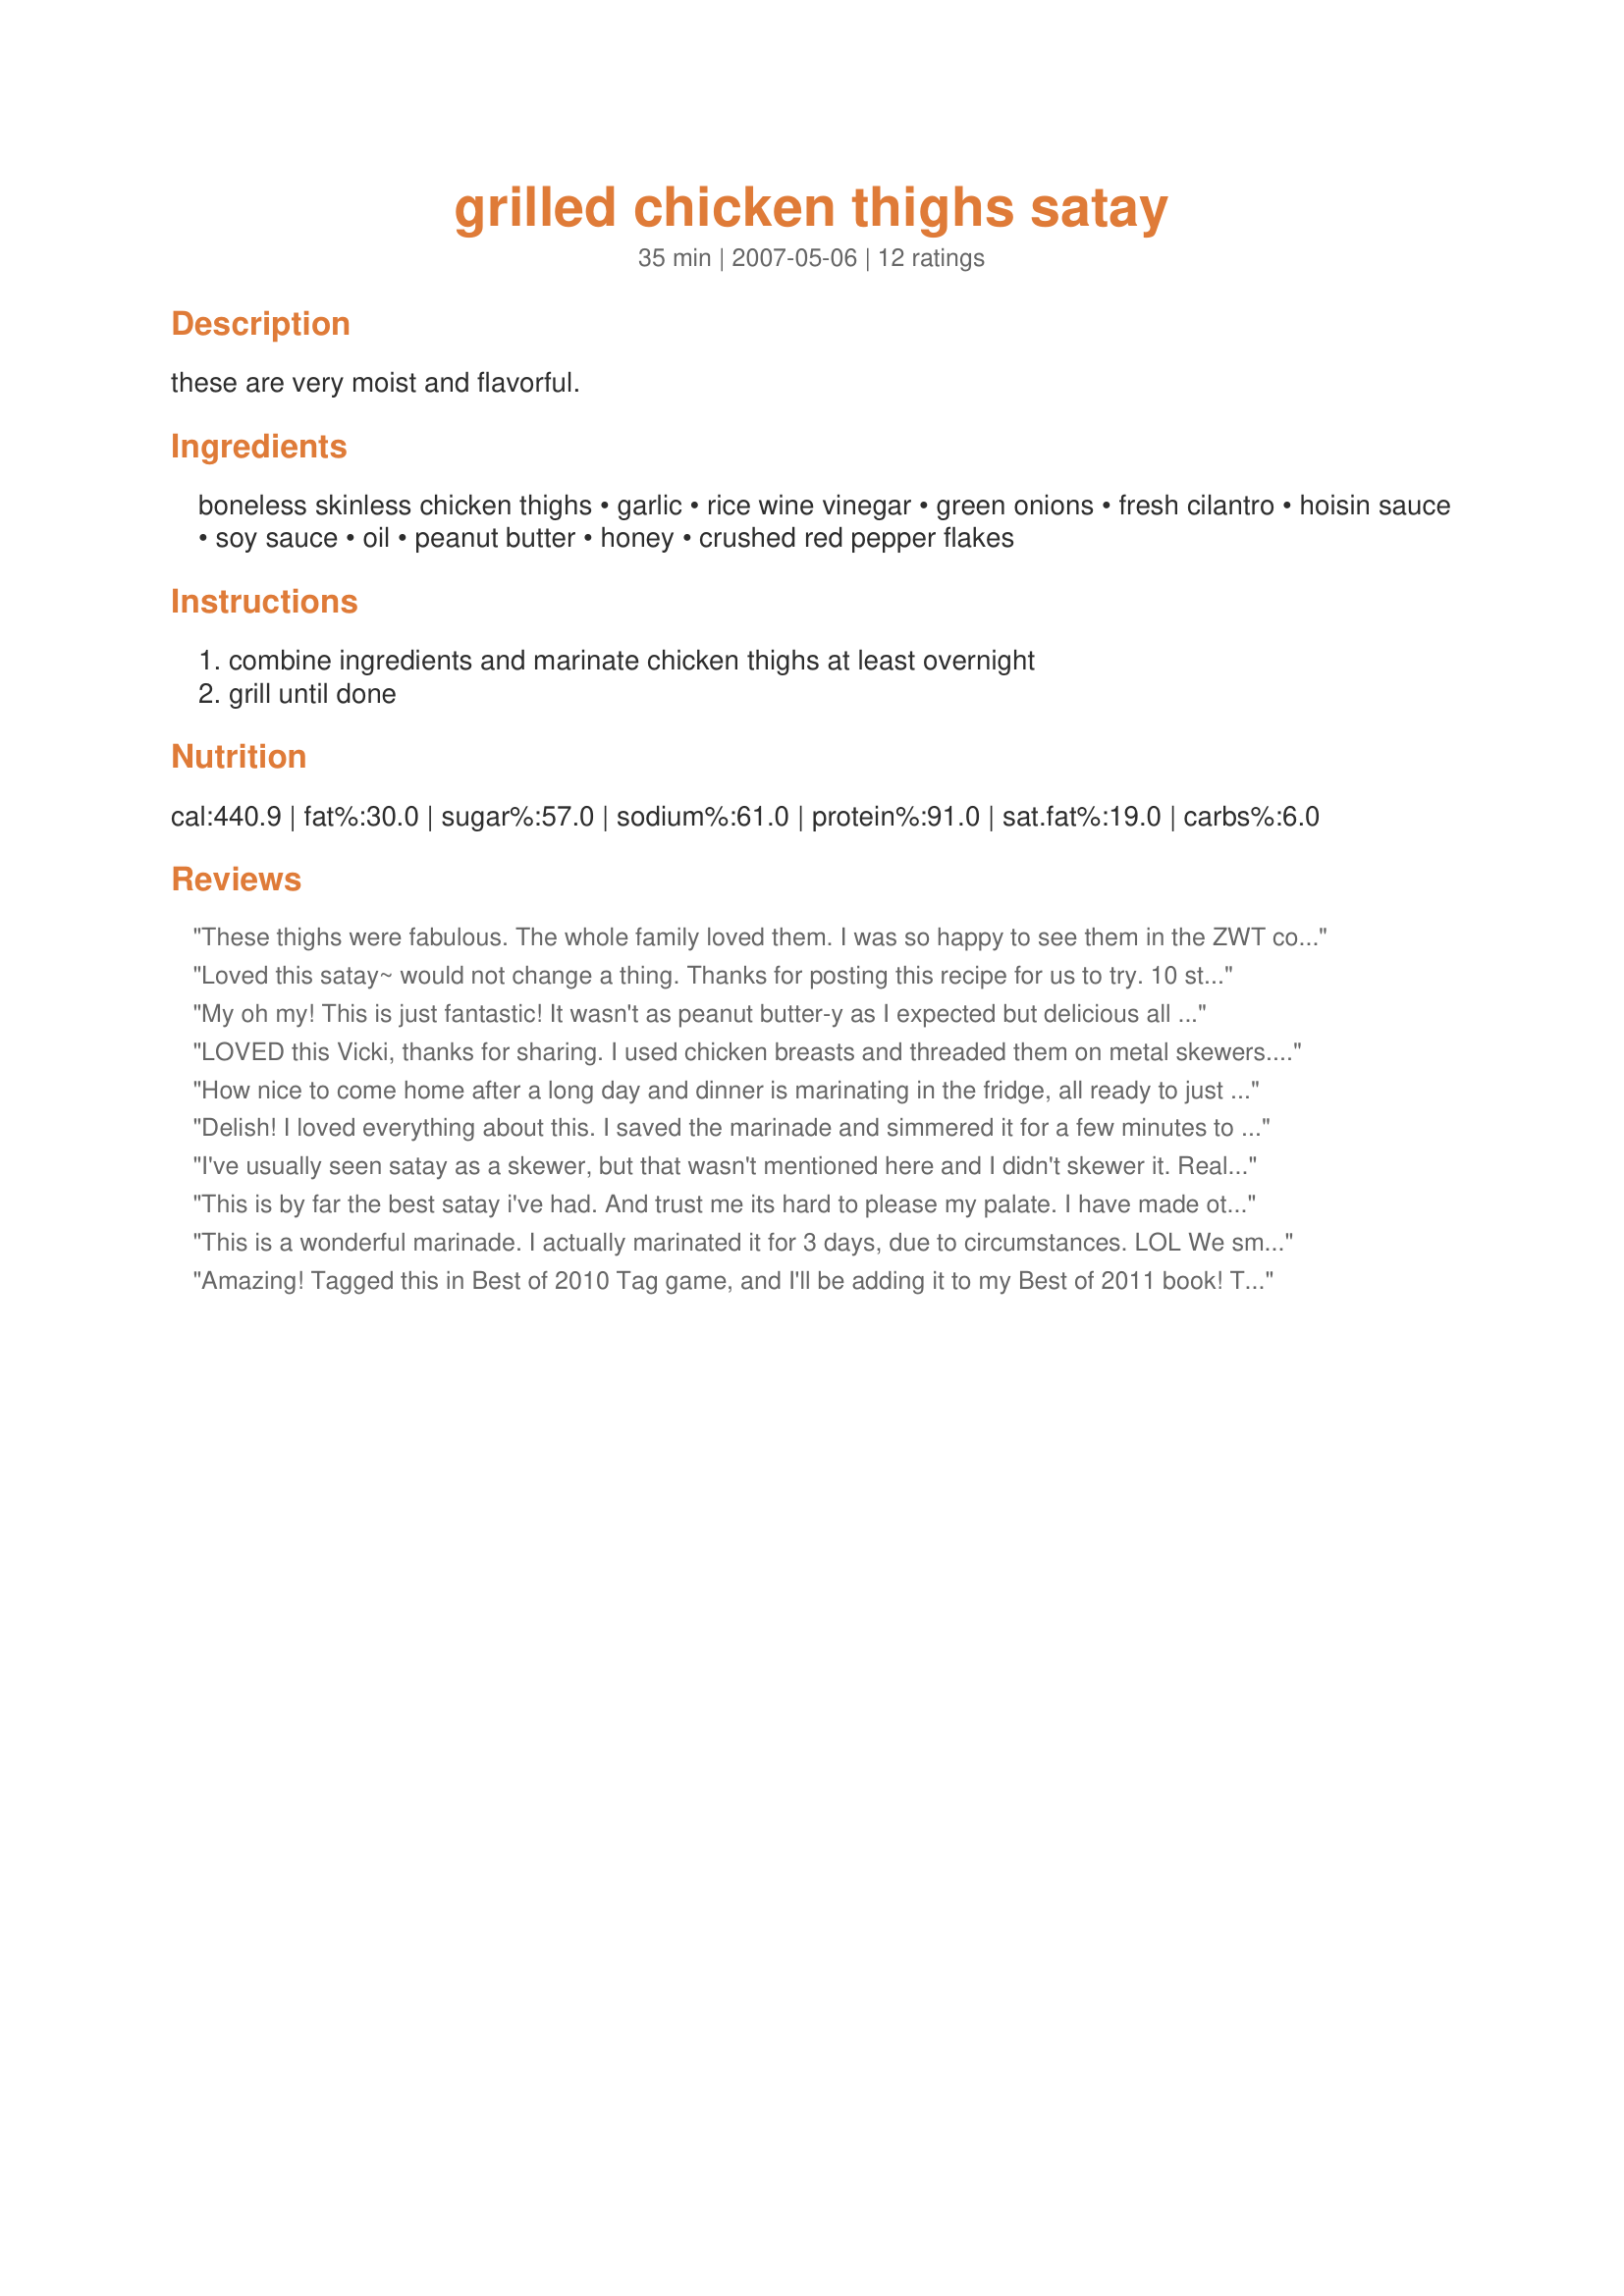
grilled chicken thighs satay
Preparation time: 35 minutes

these are very moist and flavorful.

Ingredients:
boneless skinless chicken thighs, garlic, rice wine vinegar, green onions, fresh cilantro, hoisin sauce, soy sauce, oil, peanut butter, honey, crushed red pepper flakes

Steps:
combine ingredients and marinate chicken thighs at least overnight, grill until done

Reviews:
These thighs were fabulous. The whole family loved them. I was so happy to see them in the ZWT cookbook, because seeing the pic on the home page I'd already decided to make them! I left out the cilantro because I don't like it, and I boiled the sauce and used it with the chicken when served, as sky hostess recommended. We will make this recipe often, thanks for posting and sharing it!
Loved this satay~ would not change a thing. Thanks for posting this recipe for us to try. 10 stars~
My oh my! This is just fantastic! It wasn't as peanut butter-y as I expected but delicious all the same. And I didn't even mind the sticky mess this made out of my grill pan, it was worth it :) Thanks for posting this winner!
LOVED this Vicki, thanks for sharing. I used chicken breasts and threaded them on metal skewers. Next time I will make thicker strips (cut into 3 long strips) instead of the thinner &quot;typical&quot; satay style. They grill quickly so take care not to let them over cook &amp; dry out. I also boiled the marinade and served as a dipping sauce for the chicken &amp; sauce for the rice. Marinated for 3 hours and that worked beautifully. Served with basmati rice, grilled pineapple, and recipe#415110 a perfect summertime meal.
How nice to come home after a long day and dinner is marinating in the fridge, all ready to just throw on the BBQ. We loved these. I left out the sugar and and used a sugarless hoisin sauce I found once and have never been able to find again so when it's gone it's gone :( The marinade was fairly thick so it stuck quite well to the chicken which I put into a fish grill for easy grilling. Took about 7 minutes per side on med/high heat. They were moist and tender and very very flavourful. Thank you for sharing these! Made for ZWT4
Delish! I loved everything about this. I saved the marinade and simmered it for a few minutes to pour over the chicken. It was also great over rice. Thanks Vicki for a great keeper. I wouldn't change a thing. Made for I Recommend Tag.
I've usually seen satay as a skewer, but that wasn't mentioned here and I didn't skewer it. Really, really good! I was a little concerned about the peanut butter, too, but it's just part of the blend and the dominant flavors are cilantro and the chicken itself. We left out the red pepper flakes, so the non-heat-sensitive one sprinkled cayenne on his after broiling and declared it wonderful. Made for Zaar World Tour.
This is by far the best satay i've had. And trust me its hard to please my palate. I have made other recipes that uses almost the same ingredients, but nothing as good as this recipe. I added about 1/8 tsp ground ginger and also a little black peppers. I think the hoisin sauce is what makes it so delicious. I did not have honey, so i used brown sugar. Also cut the red peppers to about 1/8 tsp, bc of the kids. I mix the ingredients together and put it in the microwave for about 1 min so the peanut butter is smooth...served with asian slaw and steam rice...thanx so much for a great satay, can't wait till my husband tries this~ Gina~
This is a wonderful marinade. I actually marinated it for 3 days, due to circumstances. LOL We smoked up the neighborhood while cooking it, and made a mess of the grill, but oh my goodness, was it GOOD! Served with yellow rice, Thai stir-fried bok choy and Thai Tom Kha soup (Food.com recipe) for a started, completed my passport to Thailand meal!
Amazing! Tagged this in Best of 2010 Tag game, and I'll be adding it to my Best of 2011 book! This is delicious. I was afraid the peanut butter would be overbearing, but it just blends with everything else to make a delicious chicken thigh!! I did cook mine whole, and they were so moist and juicy. Thanks for sharing your recipe!
Wow! This sauce is delicious! I didn't use it as a marinade, but as a sauce. I mixed it with some chicken that was already cooked and cut into bite-size pieces, warmed it through and served it over rice. This recipe is a keeper!
This chicken is fantastic! I marinated it about 24 hours. The only change I made was to cut the red pepper flakes to 1/2 tsp. Oh! and don't throw that marinade away! I boiled it for a few minutes after we threw the chicken on the grill. I then strained it and we used the smooth sauce to top the chicken. Hubby loved it! Thanks for posting.
